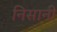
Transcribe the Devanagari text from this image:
निसानी